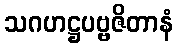
သဂဟဋ္ဌပဗ္ဗဇိတာနံ